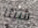
شيئا